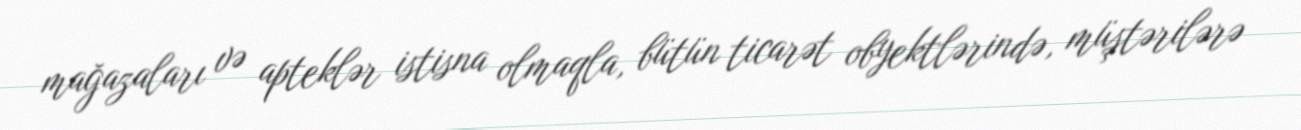
mağazaları və apteklər istisna olmaqla, bütün ticarət obyektlərində, müştərilərə